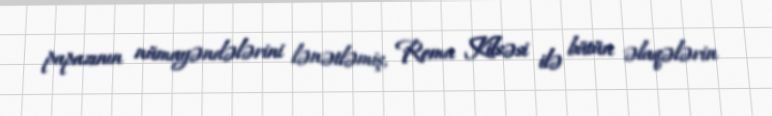
papazının nümayəndələrini lənətləmiş, Roma Kilsəsi ilə bütün əlaqələrin